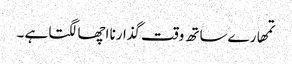
تمھارے ساتھ وقت گذارنا اچھا لگتا ہے ۔